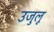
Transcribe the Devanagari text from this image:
उजुलू